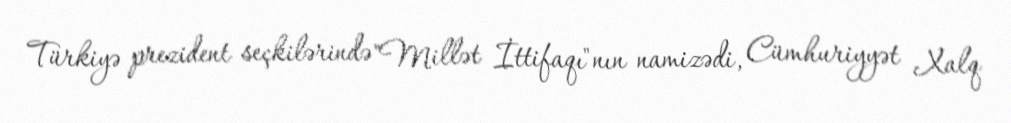
Türkiyə prezident seçkilərində "Millət İttifaqı"nın namizədi, Cümhuriyyət Xalq